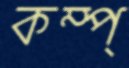
কম্প্